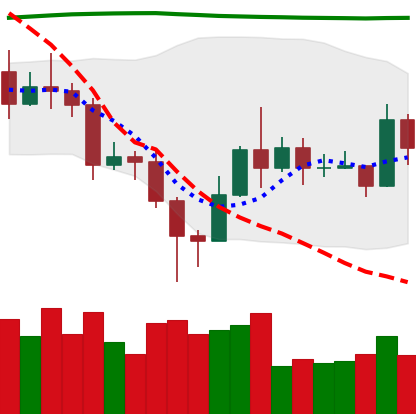
Ticker: EOS-USD
Chart end date: 2020-11-14
Forward return: 3.804%
Label: up_3_5